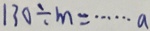
1 3 0 \div m = \cdots a